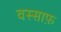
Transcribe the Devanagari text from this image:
वस्साफ़